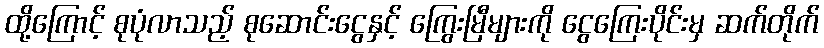
ထို့ကြောင့် စုပုံလာသည့် စုဆောင်းငွေနှင့် ကြွေးမြီများကို ငွေကြေးပိုင်းမှ ဆက်တိုက်